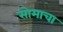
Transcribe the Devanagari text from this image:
सोमाचा